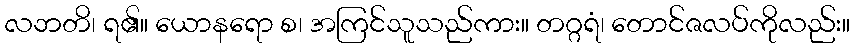
လဘတိ၊ ရ၏။ ယောနရော စ၊ အကြင်သူသည်ကား။ တဂ္ဂရံ၊ တောင်ဇလပ်ကိုလည်း။